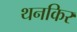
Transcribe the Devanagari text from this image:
थनकिर